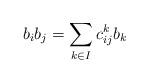
LaTeX: \begin{align*}b_ib_j=\sum_{k\in I}c_{ij}^kb_k\end{align*}